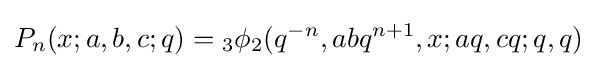
\displaystyle P_{n}(x;a,b,c;q)={}_{3}\phi _{2}(q^{-n},abq^{n+1},x;aq,cq;q,q)